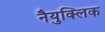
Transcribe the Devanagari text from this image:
नैयुक्लिक